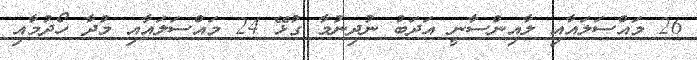
26 މައްސަލައާއި ލާއިންސާނީ އަދަބު ނުދިނުމާ ގުޅޭ 24 މައްސަލައާއި މުދާ ހޯދުމާއި